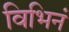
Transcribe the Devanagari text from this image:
विभिनं